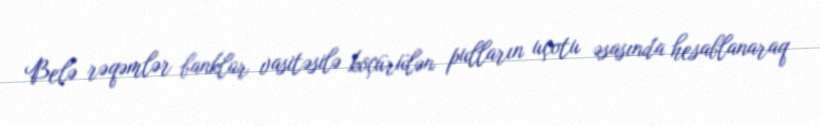
Belə rəqəmlər banklar vasitəsilə köçürülən pulların uçotu əsasında hesablanaraq